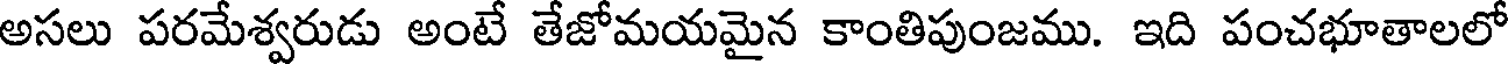
అసలు పరమేశ్వరుడు అంటే తేజోమయమైన కాంతిపుంజము. ఇది పంచభూతాలలో